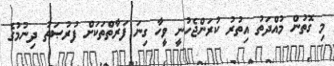
މި ގޮތުން މުއްދަތު އިތުރު ކުރަންޖެހުނީ ވީހާ ގިނަ ފަރާތްތަކަށް ފުރުޞަތު ދިނުމުގެ